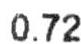
0.72